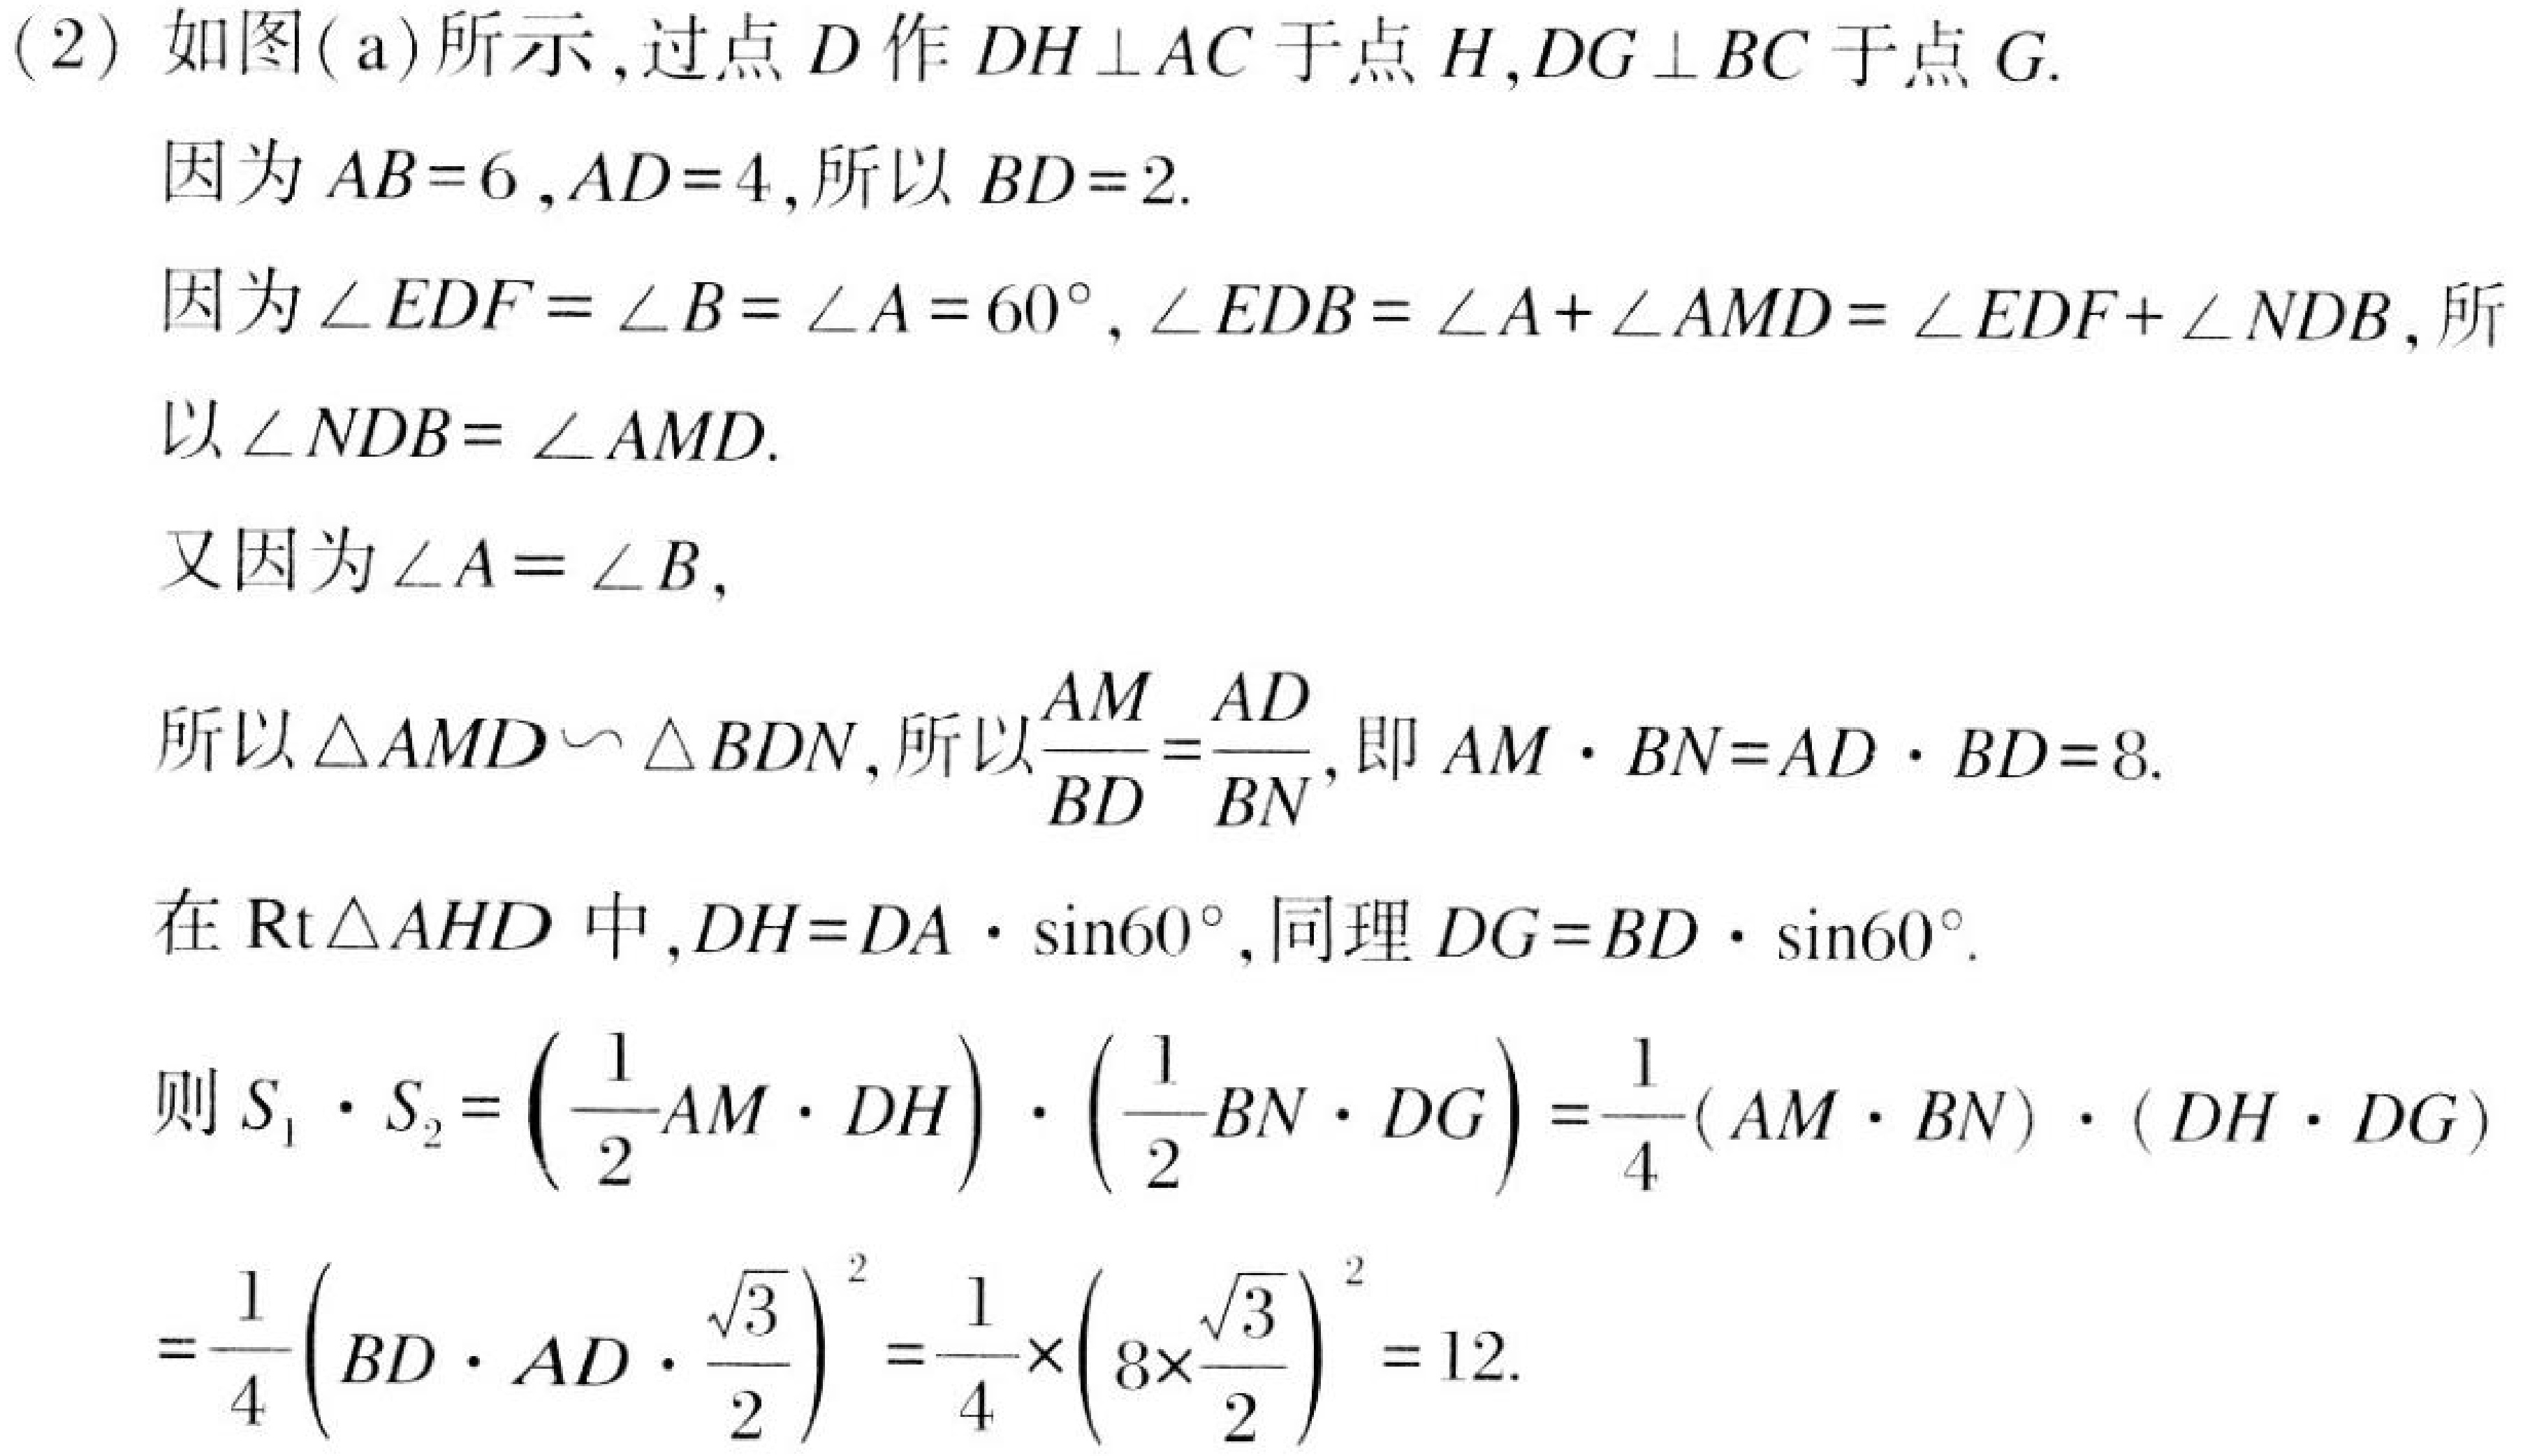
(2) 如图(a)所示,过点 \(D\) 作 \(DH\perp AC\) 于点 \(H\),\(DG\perp BC\) 于点 \(G\).
因为 \(AB = 6\),\(AD = 4\),所以 \(BD = 2\).
因为 \(\angle EDF=\angle B=\angle A = 60^{\circ}\),\(\angle EDB=\angle A+\angle AMD=\angle EDF+\angle NDB\),所以 \(\angle NDB=\angle AMD\).
又因为 \(\angle A=\angle B\),
所以 \(\triangle AMD\sim\triangle BDN\),所以 \(\frac{AM}{BD}=\frac{AD}{BN}\),即 \(AM\cdot BN = AD\cdot BD = 8\).
在 \(\text{Rt}\triangle AHD\) 中,\(DH = DA\cdot\sin60^{\circ}\),同理 \(DG = BD\cdot\sin60^{\circ}\).
则 \(S_{1}\cdot S_{2}=\left(\frac{1}{2}AM\cdot DH\right)\cdot\left(\frac{1}{2}BN\cdot DG\right)=\frac{1}{4}(AM\cdot BN)\cdot(DH\cdot DG)\)
\(=\frac{1}{4}\left(BD\cdot AD\cdot\frac{\sqrt{3}}{2}\right)^{2}=\frac{1}{4}\times\left(8\times\frac{\sqrt{3}}{2}\right)^{2}=12\).